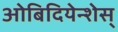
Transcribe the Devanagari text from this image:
ओबिदियेन्शेस्